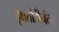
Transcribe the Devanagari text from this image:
वृक्षतोडीनंतर